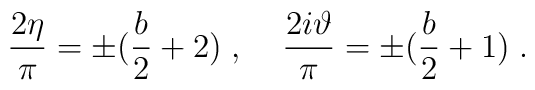
\frac{2\eta}\pi= \pm ( \frac b2 + 2 )\;,\;\;\;\;  \frac{2i\vartheta}\pi= \pm ( \frac b2 + 1 )\;.